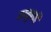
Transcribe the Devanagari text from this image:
काजूबर्फी